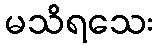
မသိရသေး